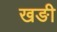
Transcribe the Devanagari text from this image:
खङी